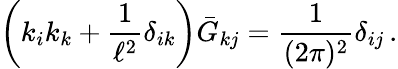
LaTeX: \left(k_{i}k_{k}+\frac 1{\ell^{2}}\delta_{ik}\right)\bar{G}_{kj}=\frac{1}{(2\pi)^{2}}\delta_{ij}\, .